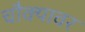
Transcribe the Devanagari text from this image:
चौक्यावर